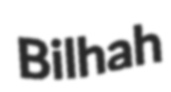
Bilhah